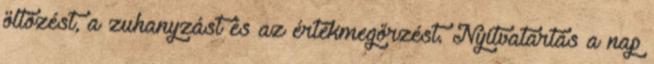
öltözést, a zuhanyzást és az értékmegőrzést. Nyitvatartás a nap